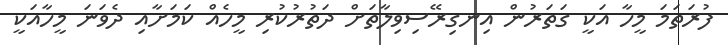
ފުރަތަމަ މީހާ އަކީ ގަތަރުން އިނގިރޭސިވިލާތަށް ދަތުރުކުރި މީހެއް ކަމަށާއި ދެވަނަ މީހާއަކީ